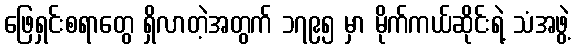
ဖြေရှင်းစရာတွေ ရှိလာတဲ့အတွက် ၁၇၉၅ မှာ မိုက်ကယ်ဆိုင်းရဲ့ သံအဖွဲ့